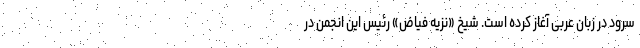
سرود در زبان عربی آغاز کرده است. شیخ «نزیه فیاض» رئیس این انجمن در